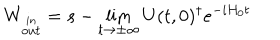
W _ { \stackrel { i n } { o u t } } = s - \lim _ { t \rightarrow \pm \infty } U ( t , 0 ) ^ { \dagger } e ^ { - i H _ { 0 } t }